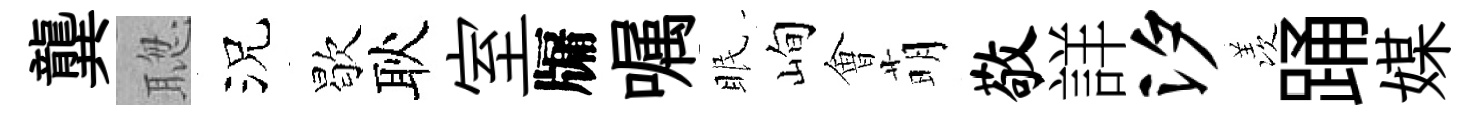
龔聦況歇耿室牖嘱眠峋㑹萌敬詳汐羡踊媒